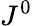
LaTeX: J^{0}